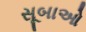
સૂબાઓ